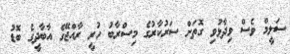
ސަލީމް ވެސް ވިދާޅުވި ގޮތަށް ސަރުކާރުގެ މިސްރާބު ހުރީ ރާއްޖޭގެ އާބާދީގެ ބޮޑު